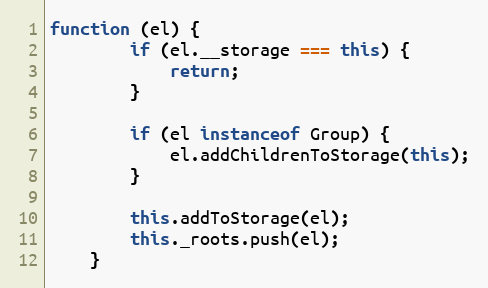
Language: JavaScript
function (el) {
        if (el.__storage === this) {
            return;
        }

        if (el instanceof Group) {
            el.addChildrenToStorage(this);
        }

        this.addToStorage(el);
        this._roots.push(el);
    }